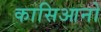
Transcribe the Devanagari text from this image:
कासिआनो